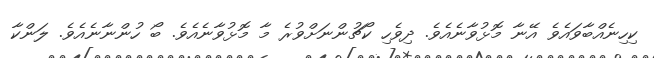
ކިހިނެއްބާވައެވެ އޭނާ މޮޅުވާނެއެވެ. ދިވެހި ކޯޗުންނަށްވުރެ މާ މޮޅުވާނެއެވެ. ބޯ ހުންނާނެއެވެ. ލަންކާ